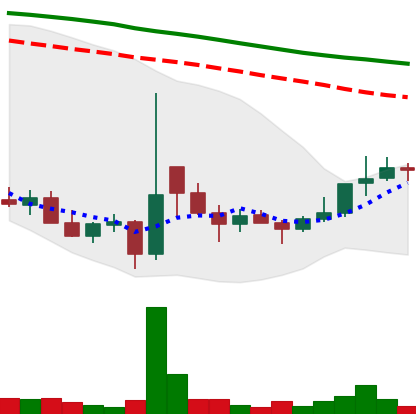
Ticker: DOGE-USD
Chart end date: 2021-12-26
Forward return: -10.275%
Label: down_7plus